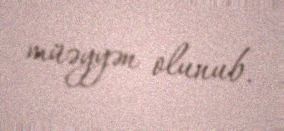
müəyyən olunub.